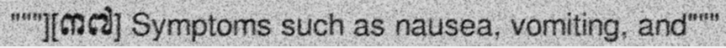
"""][៣៧] Symptoms such as nausea, vomiting, and"""